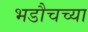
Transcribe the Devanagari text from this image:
भडौचच्या